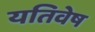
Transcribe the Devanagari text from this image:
यतिवेष